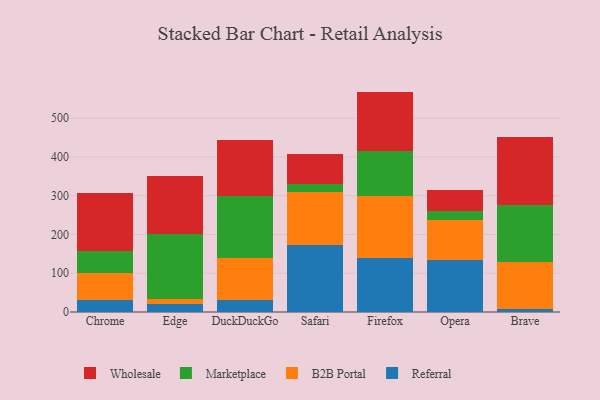
{"axis": {"x": "Browser", "y": "Satisfaction Score"}, "legend": ["B2B Portal", "Marketplace", "Referral", "Wholesale"], "data": [{"x": "Chrome", "y": 31.9, "type": "Referral"}, {"x": "Chrome", "y": 68.3, "type": "B2B Portal"}, {"x": "Chrome", "y": 57.6, "type": "Marketplace"}, {"x": "Chrome", "y": 150.1, "type": "Wholesale"}, {"x": "Edge", "y": 20.0, "type": "Referral"}, {"x": "Edge", "y": 13.3, "type": "B2B Portal"}, {"x": "Edge", "y": 169.0, "type": "Marketplace"}, {"x": "Edge", "y": 148.2, "type": "Wholesale"}, {"x": "DuckDuckGo", "y": 32.2, "type": "Referral"}, {"x": "DuckDuckGo", "y": 107.3, "type": "B2B Portal"}, {"x": "DuckDuckGo", "y": 159.0, "type": "Marketplace"}, {"x": "DuckDuckGo", "y": 146.1, "type": "Wholesale"}, {"x": "Safari", "y": 174.1, "type": "Referral"}, {"x": "Safari", "y": 136.1, "type": "B2B Portal"}, {"x": "Safari", "y": 21.1, "type": "Marketplace"}, {"x": "Safari", "y": 75.2, "type": "Wholesale"}, {"x": "Firefox", "y": 139.7, "type": "Referral"}, {"x": "Firefox", "y": 159.2, "type": "B2B Portal"}, {"x": "Firefox", "y": 116.4, "type": "Marketplace"}, {"x": "Firefox", "y": 153.4, "type": "Wholesale"}, {"x": "Opera", "y": 134.5, "type": "Referral"}, {"x": "Opera", "y": 104.0, "type": "B2B Portal"}, {"x": "Opera", "y": 22.9, "type": "Marketplace"}, {"x": "Opera", "y": 53.0, "type": "Wholesale"}, {"x": "Brave", "y": 6.7, "type": "Referral"}, {"x": "Brave", "y": 123.5, "type": "B2B Portal"}, {"x": "Brave", "y": 145.8, "type": "Marketplace"}, {"x": "Brave", "y": 176.8, "type": "Wholesale"}]}